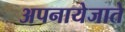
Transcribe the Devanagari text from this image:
अपनायेजाते